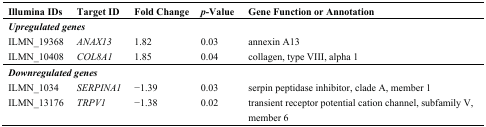
<table><thead><tr><td><b>Illumina IDs</b></td><td><b>Target ID</b></td><td><b>Fold Change</b></td><td><b><i>p</i>-Value</b></td><td><b>Gene Function or Annotation</b></td></tr></thead><tbody><tr><td colspan="5"><b><i>Upregulated genes</i></b></td></tr><tr><td>ILMN_19368</td><td><i>ANAX13</i></td><td>1.82</td><td>0.03</td><td>annexin A13</td></tr><tr><td>ILMN_10408</td><td><i>COL8A1</i></td><td>1.85</td><td>0.04</td><td>collagen, type VIII, alpha 1</td></tr><tr><td colspan="5"><b><i>Downregulated genes</i></b></td></tr><tr><td>ILMN_1034</td><td><i>SERPINA1</i></td><td>−1.39</td><td>0.03</td><td>serpin peptidase inhibitor, clade A, member 1</td></tr><tr><td>ILMN_13176</td><td><i>TRPV1</i></td><td>−1.38</td><td>0.02</td><td>transient receptor potential cation channel, subfamily V, member 6</td></tr></tbody></table>